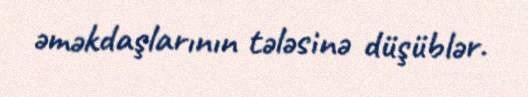
əməkdaşlarının tələsinə düşüblər.